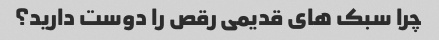
چرا سبک های قدیمی رقص را دوست دارید؟